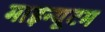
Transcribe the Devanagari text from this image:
माइन्यूटम